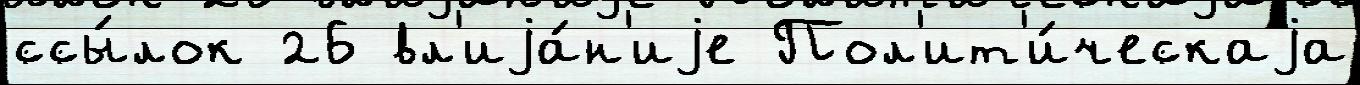
ссы́лок 26 вл'иjа́н'иjе Пол'ит'и́ческаjа